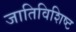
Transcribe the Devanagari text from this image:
जातिविशिष्ट